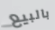
بالبيع